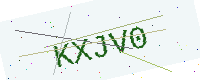
Text: KXJV0